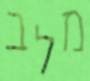
מלב